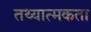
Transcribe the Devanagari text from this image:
तथ्यात्मकता